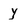
Character: y